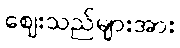
ဈေးသည်များအား